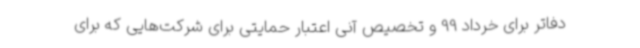
دفاتر برای خرداد 99 و تخصیص آنی اعتبار حمایتی برای شرکت‌هایی که برای